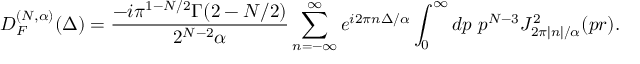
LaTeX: D _ { { \cal F } } ^ { ( N , \alpha ) } ( \Delta ) = \frac { - i \pi ^ { 1 - N / 2 } \Gamma ( 2 - N / 2 ) } { 2 ^ { N - 2 } \alpha } \sum _ { n = - \infty } ^ { \infty } e ^ { i 2 \pi n \Delta / \alpha } \int _ { 0 } ^ { \infty } d p \ p ^ { N - 3 } J _ { 2 \pi | n | / \alpha } ^ { 2 } ( p r ) .